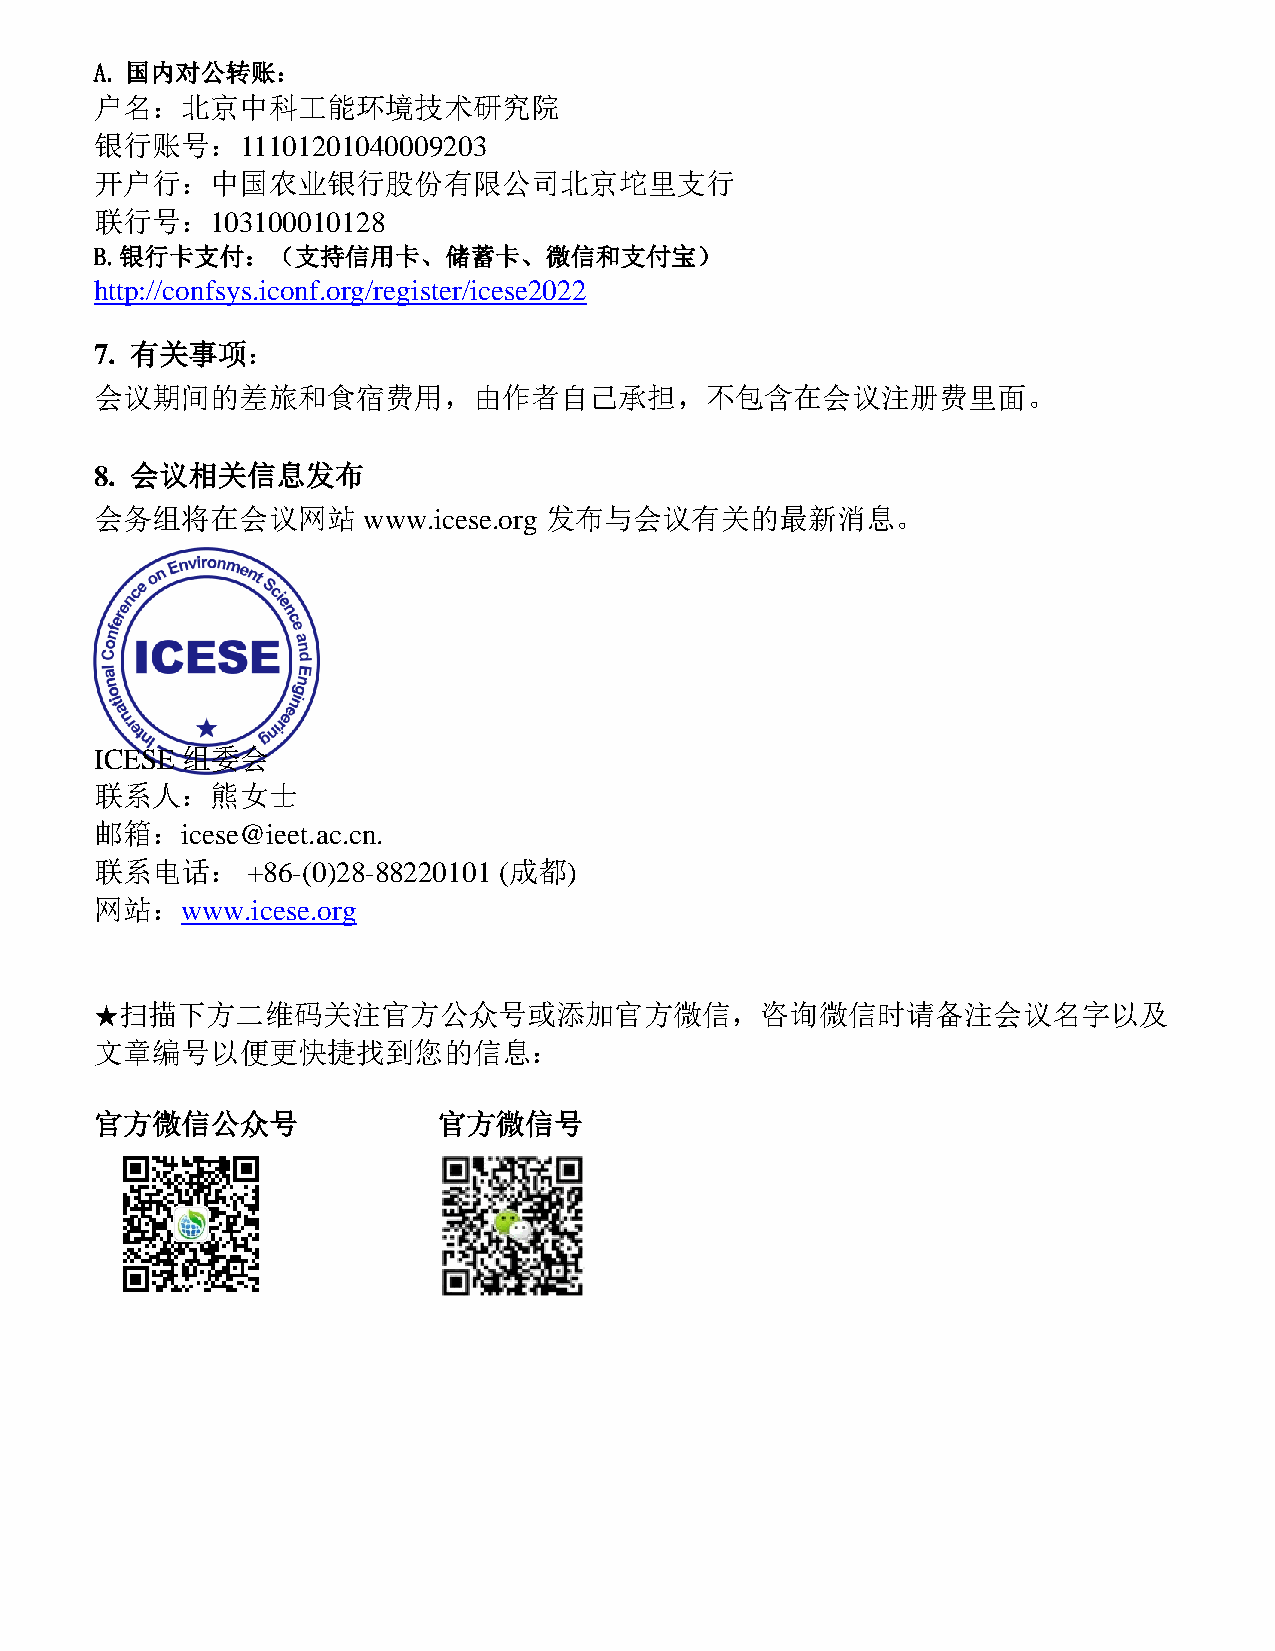
A. 国内对公转账：
 户名：北京中科工能环境技术研究院
 银行账号：11101201040009203
 开户行：中国农业银行股份有限公司北京坨里支行
 联行号：103100010128
 B.银行卡支付：（支持信用卡、储蓄卡、微信和支付宝）
 http://confsys.iconf.org/register/icese2022
 7. 有关事项：
 会议期间的差旅和食宿费用，由作者自己承担，不包含在会议注册费里面。
 8. 会议相关信息发布
 会务组将在会议网站         www.icese.org 发布与会议有关的最新消息。
 ICESE 组委会
 联系人：熊女士
 邮箱：icese@ieet.ac.cn.
 联系电话：     +86-(0)28-88220101 (成都)
 网站：www.icese.org
 ★扫描下方二维码关注官方公众号或添加官方微信，咨询微信时请备注会议名字以及
 文章编号以便更快捷找到您的信息：
 官方微信公众号                官方微信号